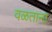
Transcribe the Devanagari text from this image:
वळताना